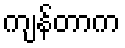
ကျန်တာက